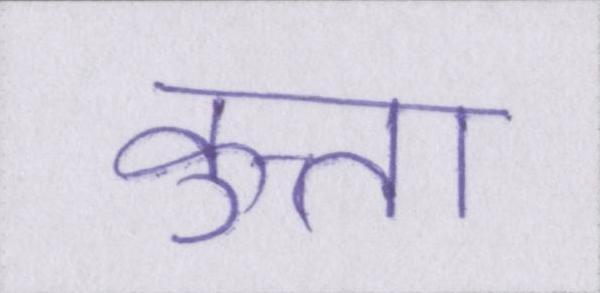
कुत्ता